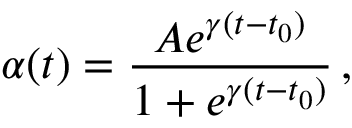
\alpha ( t ) = \frac { A e ^ { \gamma ( t - t _ { 0 } ) } } { 1 + e ^ { \gamma ( t - t _ { 0 } ) } } \, ,